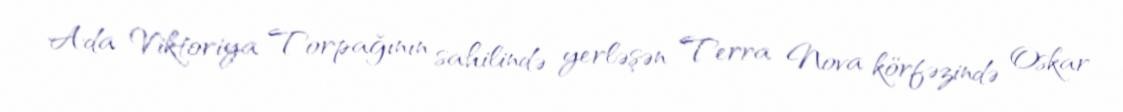
Ada Viktoriya Torpağının sahilində yerləşən Terra Nova körfəzində Oskar